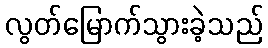
လွတ်မြောက်သွားခဲ့သည်